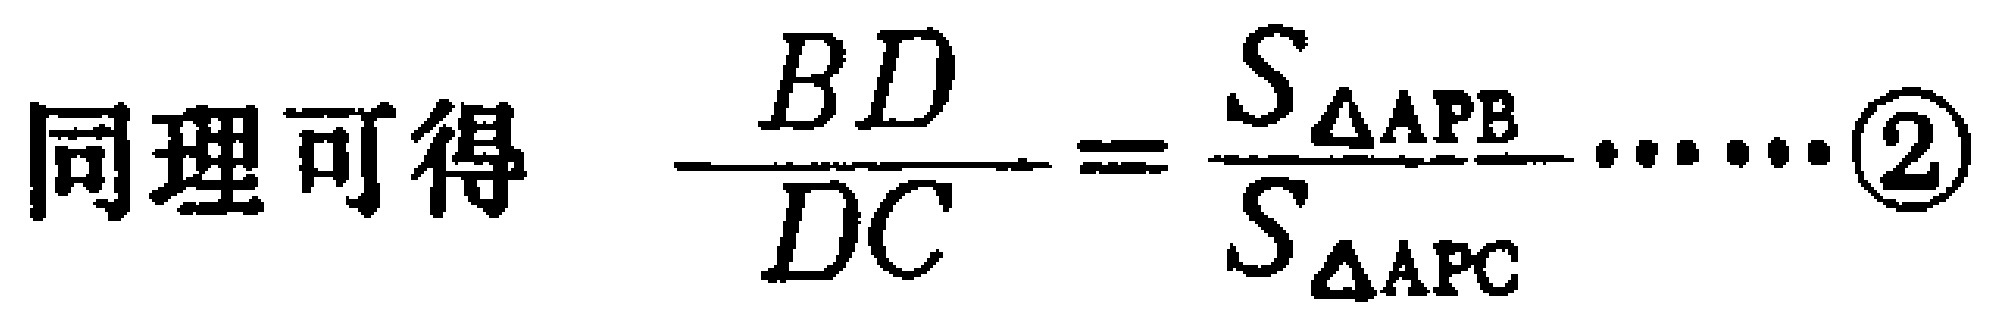
同理可得 $\dfrac{BD}{DC}=\dfrac{S_{\triangle APB}}{S_{\triangle APC}}\cdots\cdots\textcircled{2}$